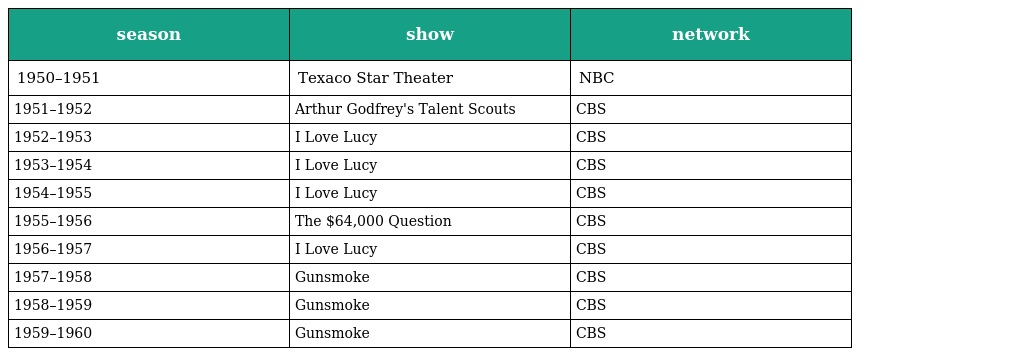
| season | show | network |
 | --- | --- | --- |
 | 1950–1951 | Texaco Star Theater | NBC |
 | 1951–1952 | Arthur Godfrey's Talent Scouts | CBS |
 | 1952–1953 | I Love Lucy | CBS |
 | 1953–1954 | I Love Lucy | CBS |
 | 1954–1955 | I Love Lucy | CBS |
 | 1955–1956 | The $64,000 Question | CBS |
 | 1956–1957 | I Love Lucy | CBS |
 | 1957–1958 | Gunsmoke | CBS |
 | 1958–1959 | Gunsmoke | CBS |
 | 1959–1960 | Gunsmoke | CBS |